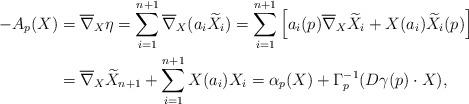
LaTeX: \begin{align*}-A_p(X) &= \overline{\nabla}_X \eta = \sum_{i=1}^{n+1} \overline{\nabla}_X(a_i \widetilde{X}_i) = \sum_{i=1}^{n+1} \left[ a_i(p) \overline{\nabla}_X \widetilde{X}_i + X(a_i) \widetilde{X}_i (p) \right] \\ &= \overline{\nabla}_X \widetilde{X}_{n+1} + \sum_{i=1}^{n+1} X(a_i) X_i = \alpha_p(X) + \Gamma_p^{-1}(D \gamma(p) \cdot X),\end{align*}